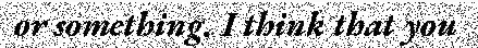
or something. I think that you